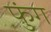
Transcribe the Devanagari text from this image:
फुंग